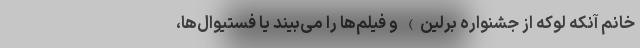
خانم آنکه لوکه از جشنواره برلین) و فیلم‌ها را می‌بیند یا فستیوال‌ها،